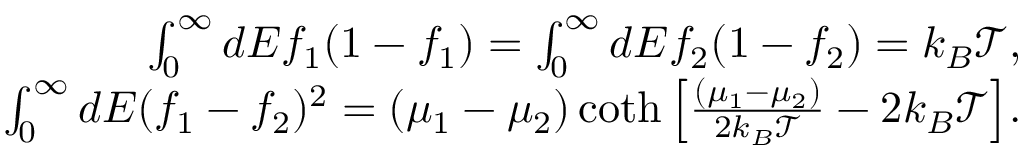
\begin{array} { r } { { \int _ { 0 } ^ { \infty } d E f _ { 1 } ( 1 - f _ { 1 } ) = \int _ { 0 } ^ { \infty } d E f _ { 2 } ( 1 - f _ { 2 } ) = k _ { B } \mathcal { T } , } } \\ { { \int _ { 0 } ^ { \infty } d E ( f _ { 1 } - f _ { 2 } ) ^ { 2 } = ( \mu _ { 1 } - \mu _ { 2 } ) \coth \left[ \frac { ( \mu _ { 1 } - \mu _ { 2 } ) } { 2 k _ { B } \mathcal { T } } - 2 k _ { B } \mathcal { T } \right] } . } \end{array}